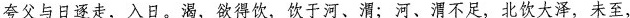
夸父与日逐走，入日。渴，欲得饮，饮于河、渭；河、渭不足，北饮大泽，未至，